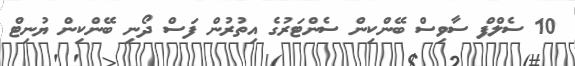
10 ސެލްފް ސާވިސް ބޭންކިން ސެންޓަރުގެ އިތުރުން ފަސް ދޯނި ބޭންކިން ޔުނިޓް